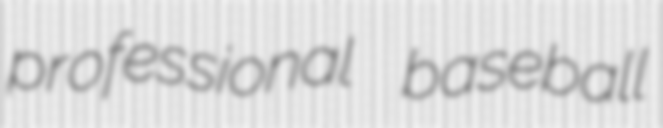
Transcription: professional baseball